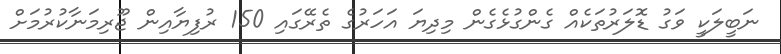
ނަބީލަކީ ވަގު ޑޮލަރުތަކެއް ގެންގުޅެގެން މިދިޔަ އަހަރުގެ ތެރޭގައި 150 ރުފިޔާއިން ޖޫރިމަނާކުރުމަށް